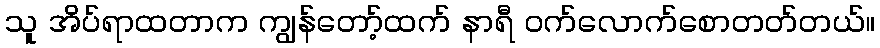
သူ အိပ်ရာထတာက ကျွန်တော့်ထက် နာရီ ဝက်လောက်စောတတ်တယ်။